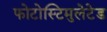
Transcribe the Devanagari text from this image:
फोटोस्टिमुलेटेड